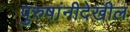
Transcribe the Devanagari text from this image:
पुरुषांनीदेखील